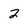
Character: 2